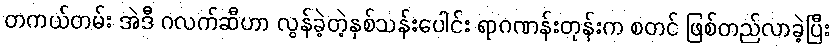
တကယ်တမ်း အဲဒီ ဂလက်ဆီဟာ လွန်ခဲ့တဲ့နှစ်သန်းပေါင်း ရာဂဏန်းတုန်းက စတင် ဖြစ်တည်လာခဲ့ပြီး